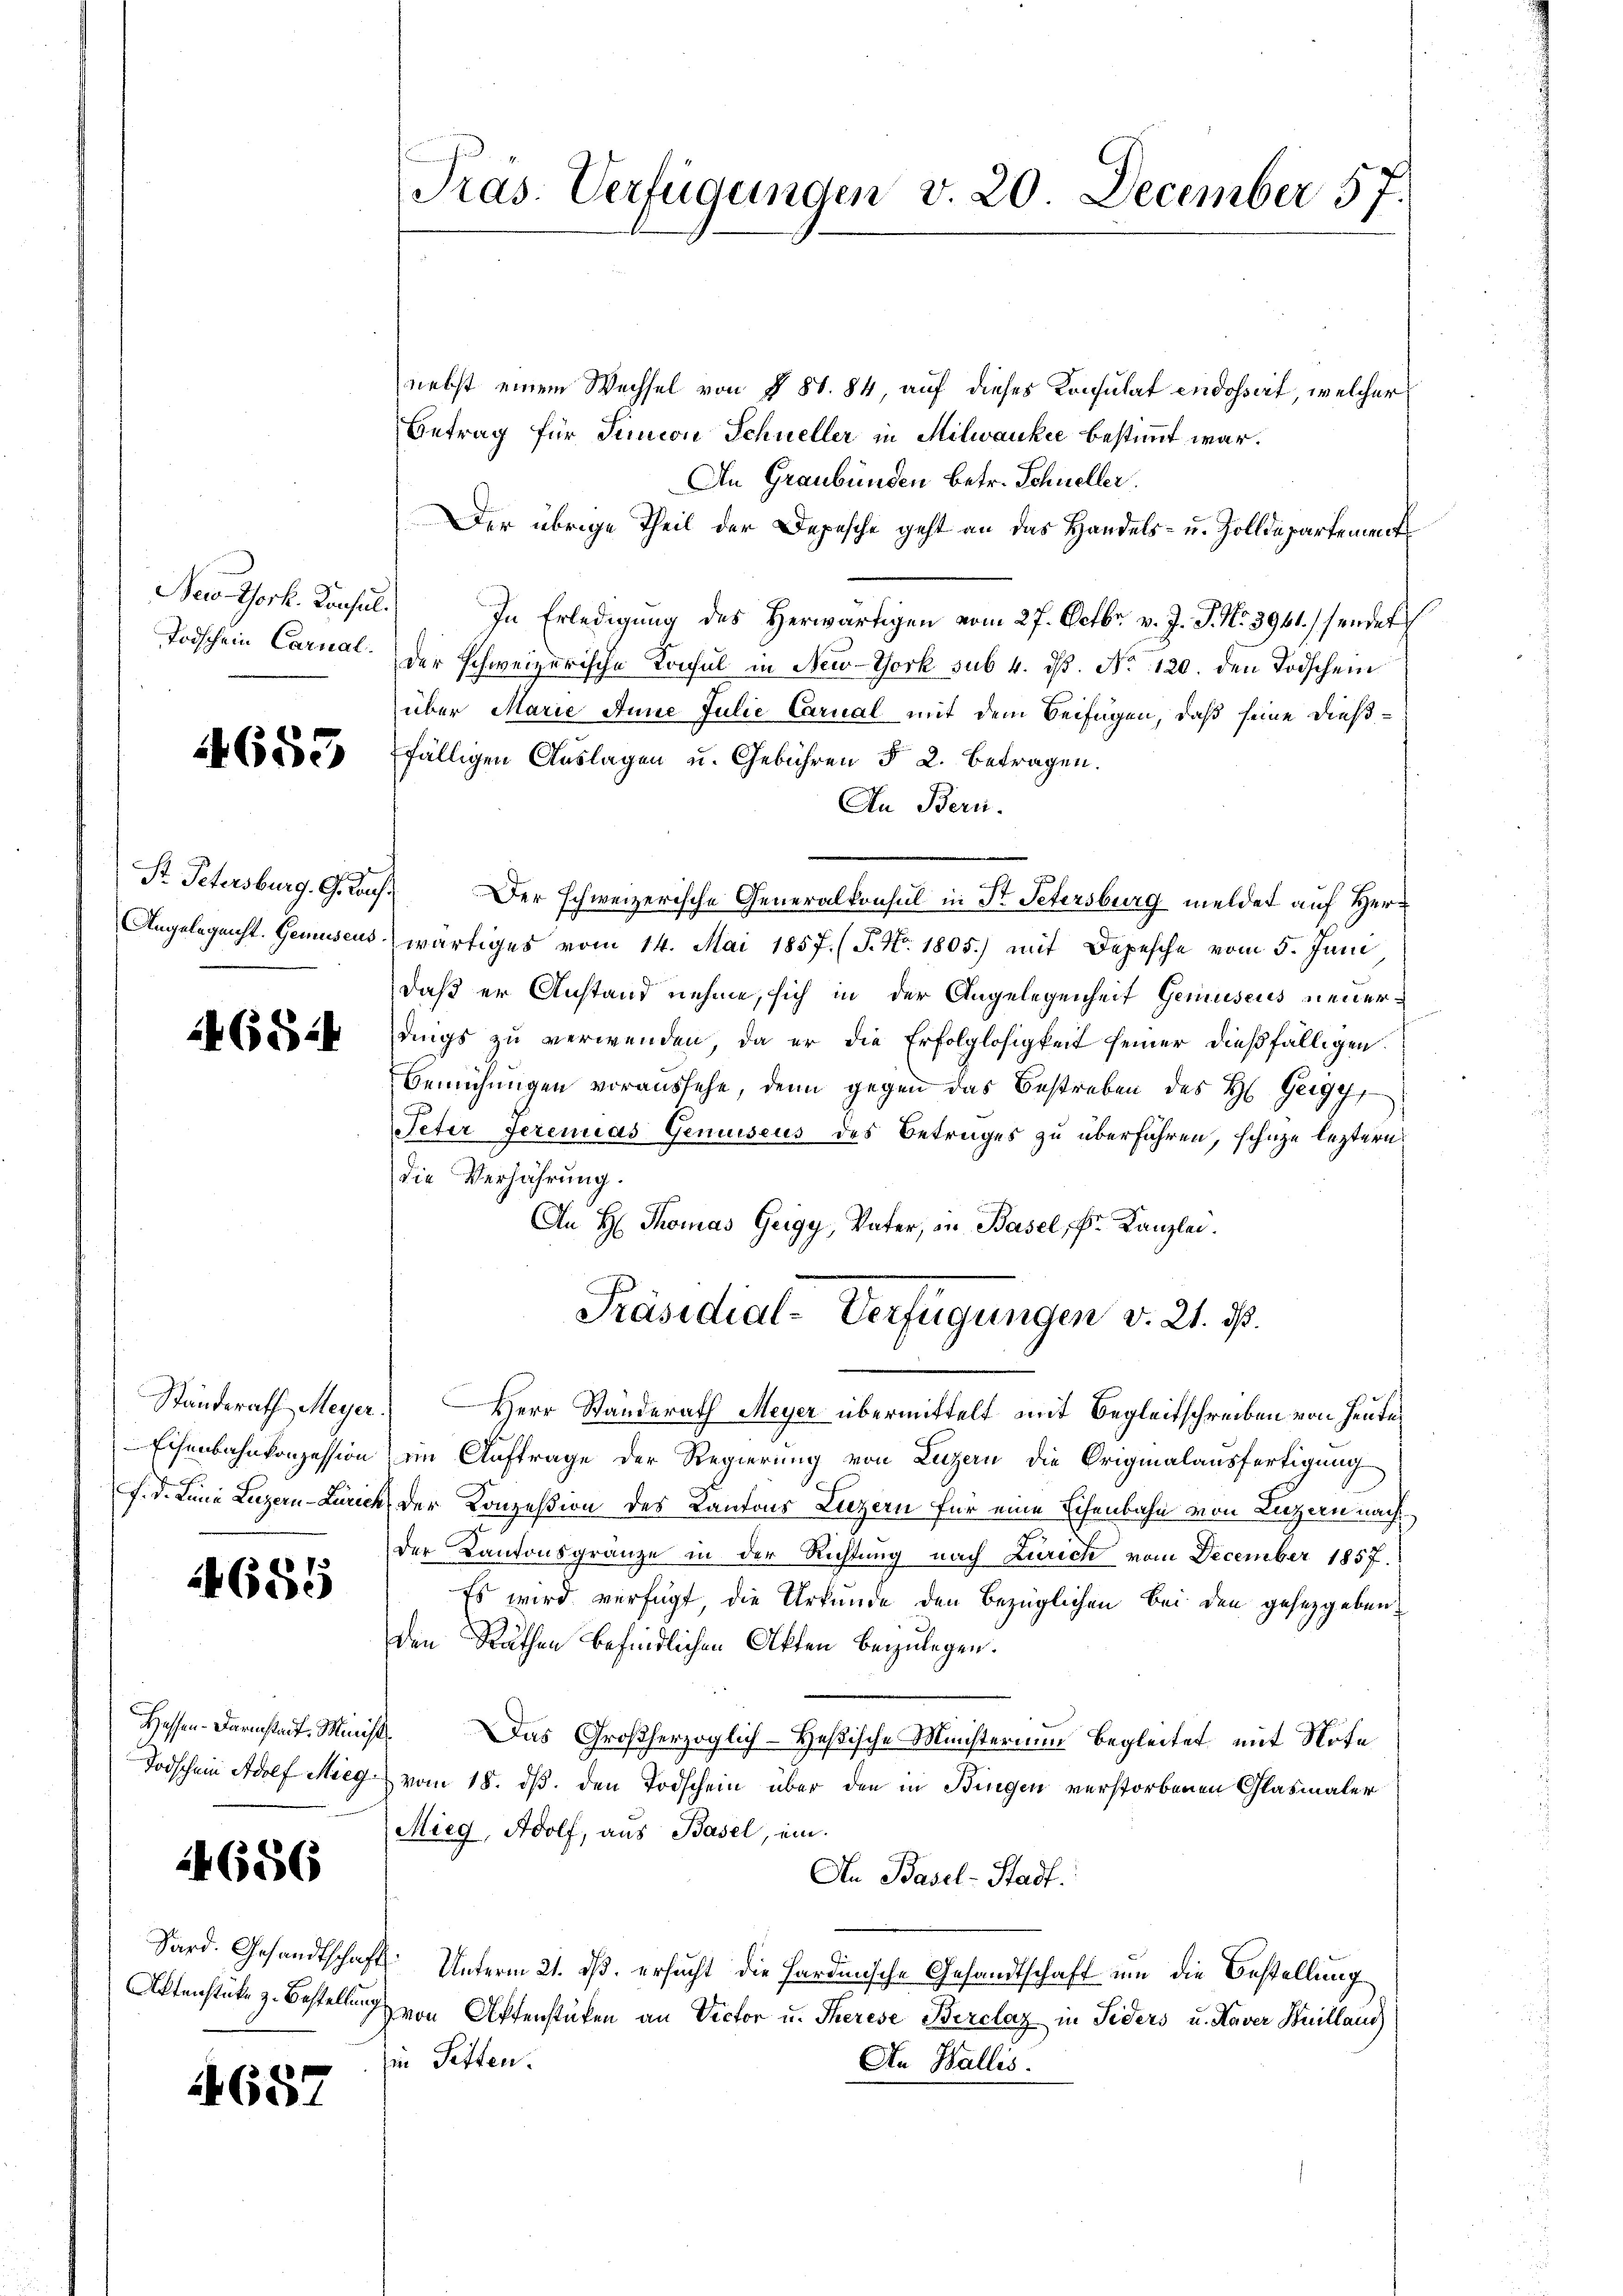
New York. Konsul
Todschein Carnal.

4655

St. Petersburg. Gerauf

6824

Standerath Meyer
Eisenbahnkonzession

4685

Todschein Adolf Mieg.

14686

Sard. Gesandtschaft
Aktenstüke z. Bestellung

4657

Präs. Verfügungen v. 20 December 57.

nebst einem Wechsel von § 88. 84, auf dieses Konsulat endossart, welcher
Betrag für Junion Schneller in Milwankee bestimmt war.
An Graubünden betr. Schneller.
Der übrige Theil der Depesche geht an das Handels- u. Zolldepartement
In Erledigung des Herwärtigen vom 27. Octbr. v. J. J. No 3941. sendet
der schweizerische Konsul in New-York sub. 4. ds. No 120. den Todschei
über Marie Anne Julie Carual mit dem Beifügen, daß seine dießfälligen Auslagen u. Gebühren § 2. betragen.
An Bern.
Der schweizerische Generalkonsul in Dr. Petersburg meldet auf Herr
Angelegenst. Gemuseuswärtiges vom 14. Mai 1857. (T. No. 1805.) mit Depesche vom 5. Juni
daß er Anstand nehme, sich in der Angelegenheit Gemuseus neuerdings zu verwenden, da er die Erfolglosigkeit seiner dießfälligen.
Bemühungen voraussehe, denn gegen das Bestreben des H. Gergy
Peter Serenias Gemuseus des Betrages zu überführen, schüze leztern
die Verfahrung.
An H. Thomas Geigy, Vater, in Basel, k. Kanzlei.
Präsidial-Verfügungen v. 21. ds.
) Herr Standerath Meyer übermittelt mit Begleitschreiben von Heuteim Auftrage der Regierung von Luzern die Originalausfertigung
f. d. Linie Luzern-Zürich der Konzession des Kantons Luzern für eine Eisenbahn von Luzern nach
der Kantonsgränze in der Richtung nach Zürich vom December 1857.
Es wird verfügt, die Urkunde den bezüglichen bei den gesetzgeben,
den Räthen befindlichen Akten bezulegen.
Hessen-Darmstadt. Minist. Das Großherzoglich-Heßische Ministerium begleitet mit Note
vom 18. ds. den Todschein über den in Bingen verstorbenen Glasmaler
Mieg, Adolf, aus Basel, ein.
In Basel-Stadt.
 Unterm 21. ds. ersucht die Hardinische Gesandtschaft um die Bestellung
von Aktenstüken an Victor u. Therese Berclaz in Siders u. Haver Kuillaud
Ein Petten.
An Wallis.